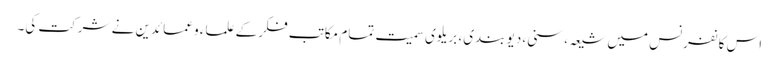
اس کانفرنس میں شیعہ، سنی، دیو بندی، بریلوی سمیت تمام مکاتب فکر کے علماء و عمائدین نے شرکت کی۔